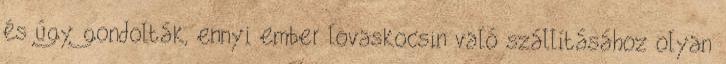
és úgy gondolták, ennyi ember lovaskocsin való szállításához olyan